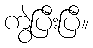
ကွဲပြီးပြီ။